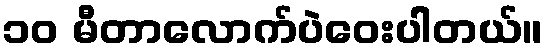
၁၀ မီတာလောက်ပဲဝေးပါတယ်။